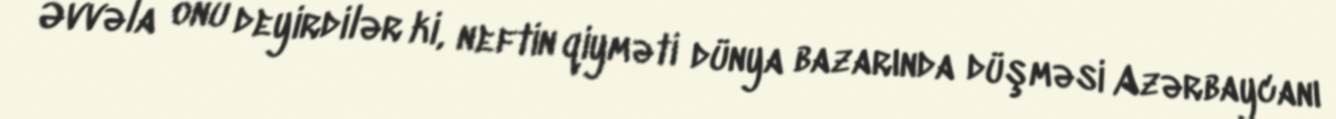
Əvvəla onu deyirdilər ki, neftin qiyməti dünya bazarında düşməsi Azərbaycanı